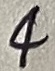
Text: 4